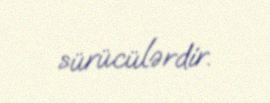
sürücülərdir.